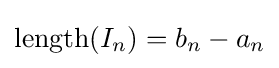
\operatorname {length} (I_{n})=b_{n}-a_{n}